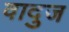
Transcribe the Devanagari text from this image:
वादुज